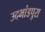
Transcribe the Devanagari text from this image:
उदभांडपुरा